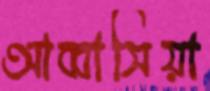
আব্বাসিয়া